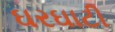
ઘરઘાટી